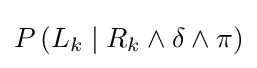
P\left(L_{k}\mid R_{k}\wedge \delta \wedge \pi \right)